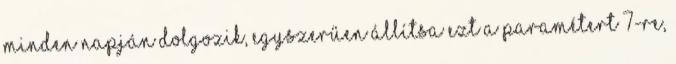
minden napján dolgozik, egyszerűen állítsa ezt a paramétert 7-re,